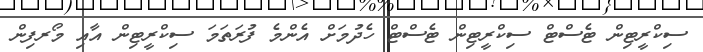
ސިކްރީޓިން ޓެސްޓް ސިކްރީޓިން ޓެސްޓް ހެދުމަށް އެންމެ ފުރަތަމަ ސިކްރީޓިން އާއި މޯރފިން